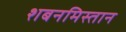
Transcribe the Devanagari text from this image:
शबनमिस्तान